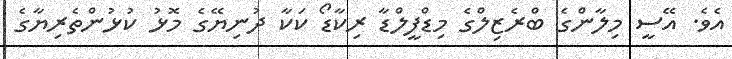
އެވެ. އޭސީ މިލާންގެ ބްރެޒިލްގެ މިޑްފީލްޑާ ރިކާޑޯ ކަކާ ދުނިޔޭގެ މޮޅު ކުޅުންތެރިޔާގެ